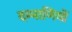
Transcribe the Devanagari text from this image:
दम्माणियों